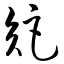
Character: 矩